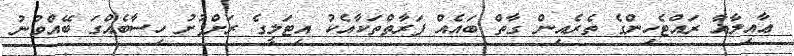
ޢާއިލާއާ ރައްޓެހިންގެ ތެރެއިން ގާތް ބައެއް ފަރާތްތަކާއެކު އިޓަލީގެ ރަށްފުށު ހިސާބެއްގަ ބޭއްވުނު